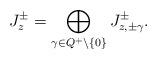
LaTeX: \begin{align*}J_z^\pm=\bigoplus_{\gamma\in Q^+\setminus\{0\}}J_{z,\pm\gamma}^\pm.\end{align*}